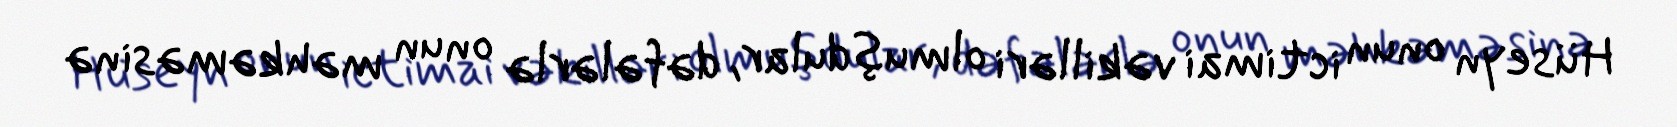
Hüseyn onun ictimai vəkilləri olmuşdular, dəfələrlə onun məhkəməsinə